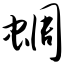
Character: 蜩